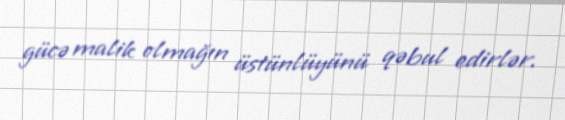
gücə malik olmağın üstünlüyünü qəbul edirlər.